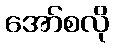
အော်စလို